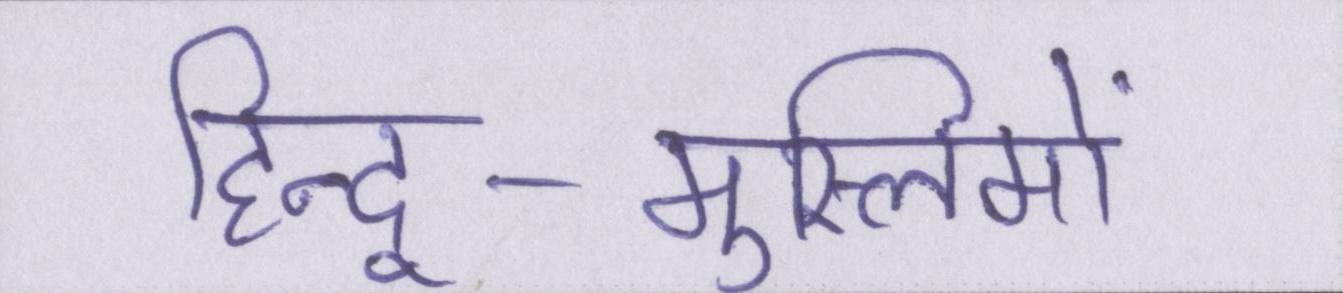
हिन्दू-मुस्लिमों